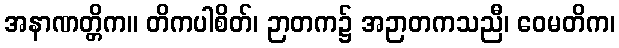
အနာဏတ္တိက။ တိကပါစိတ်၊ ဉာတက၌ အဉာတကသညီ၊ ဝေမတိက၊